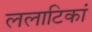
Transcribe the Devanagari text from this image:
ललाटिकां